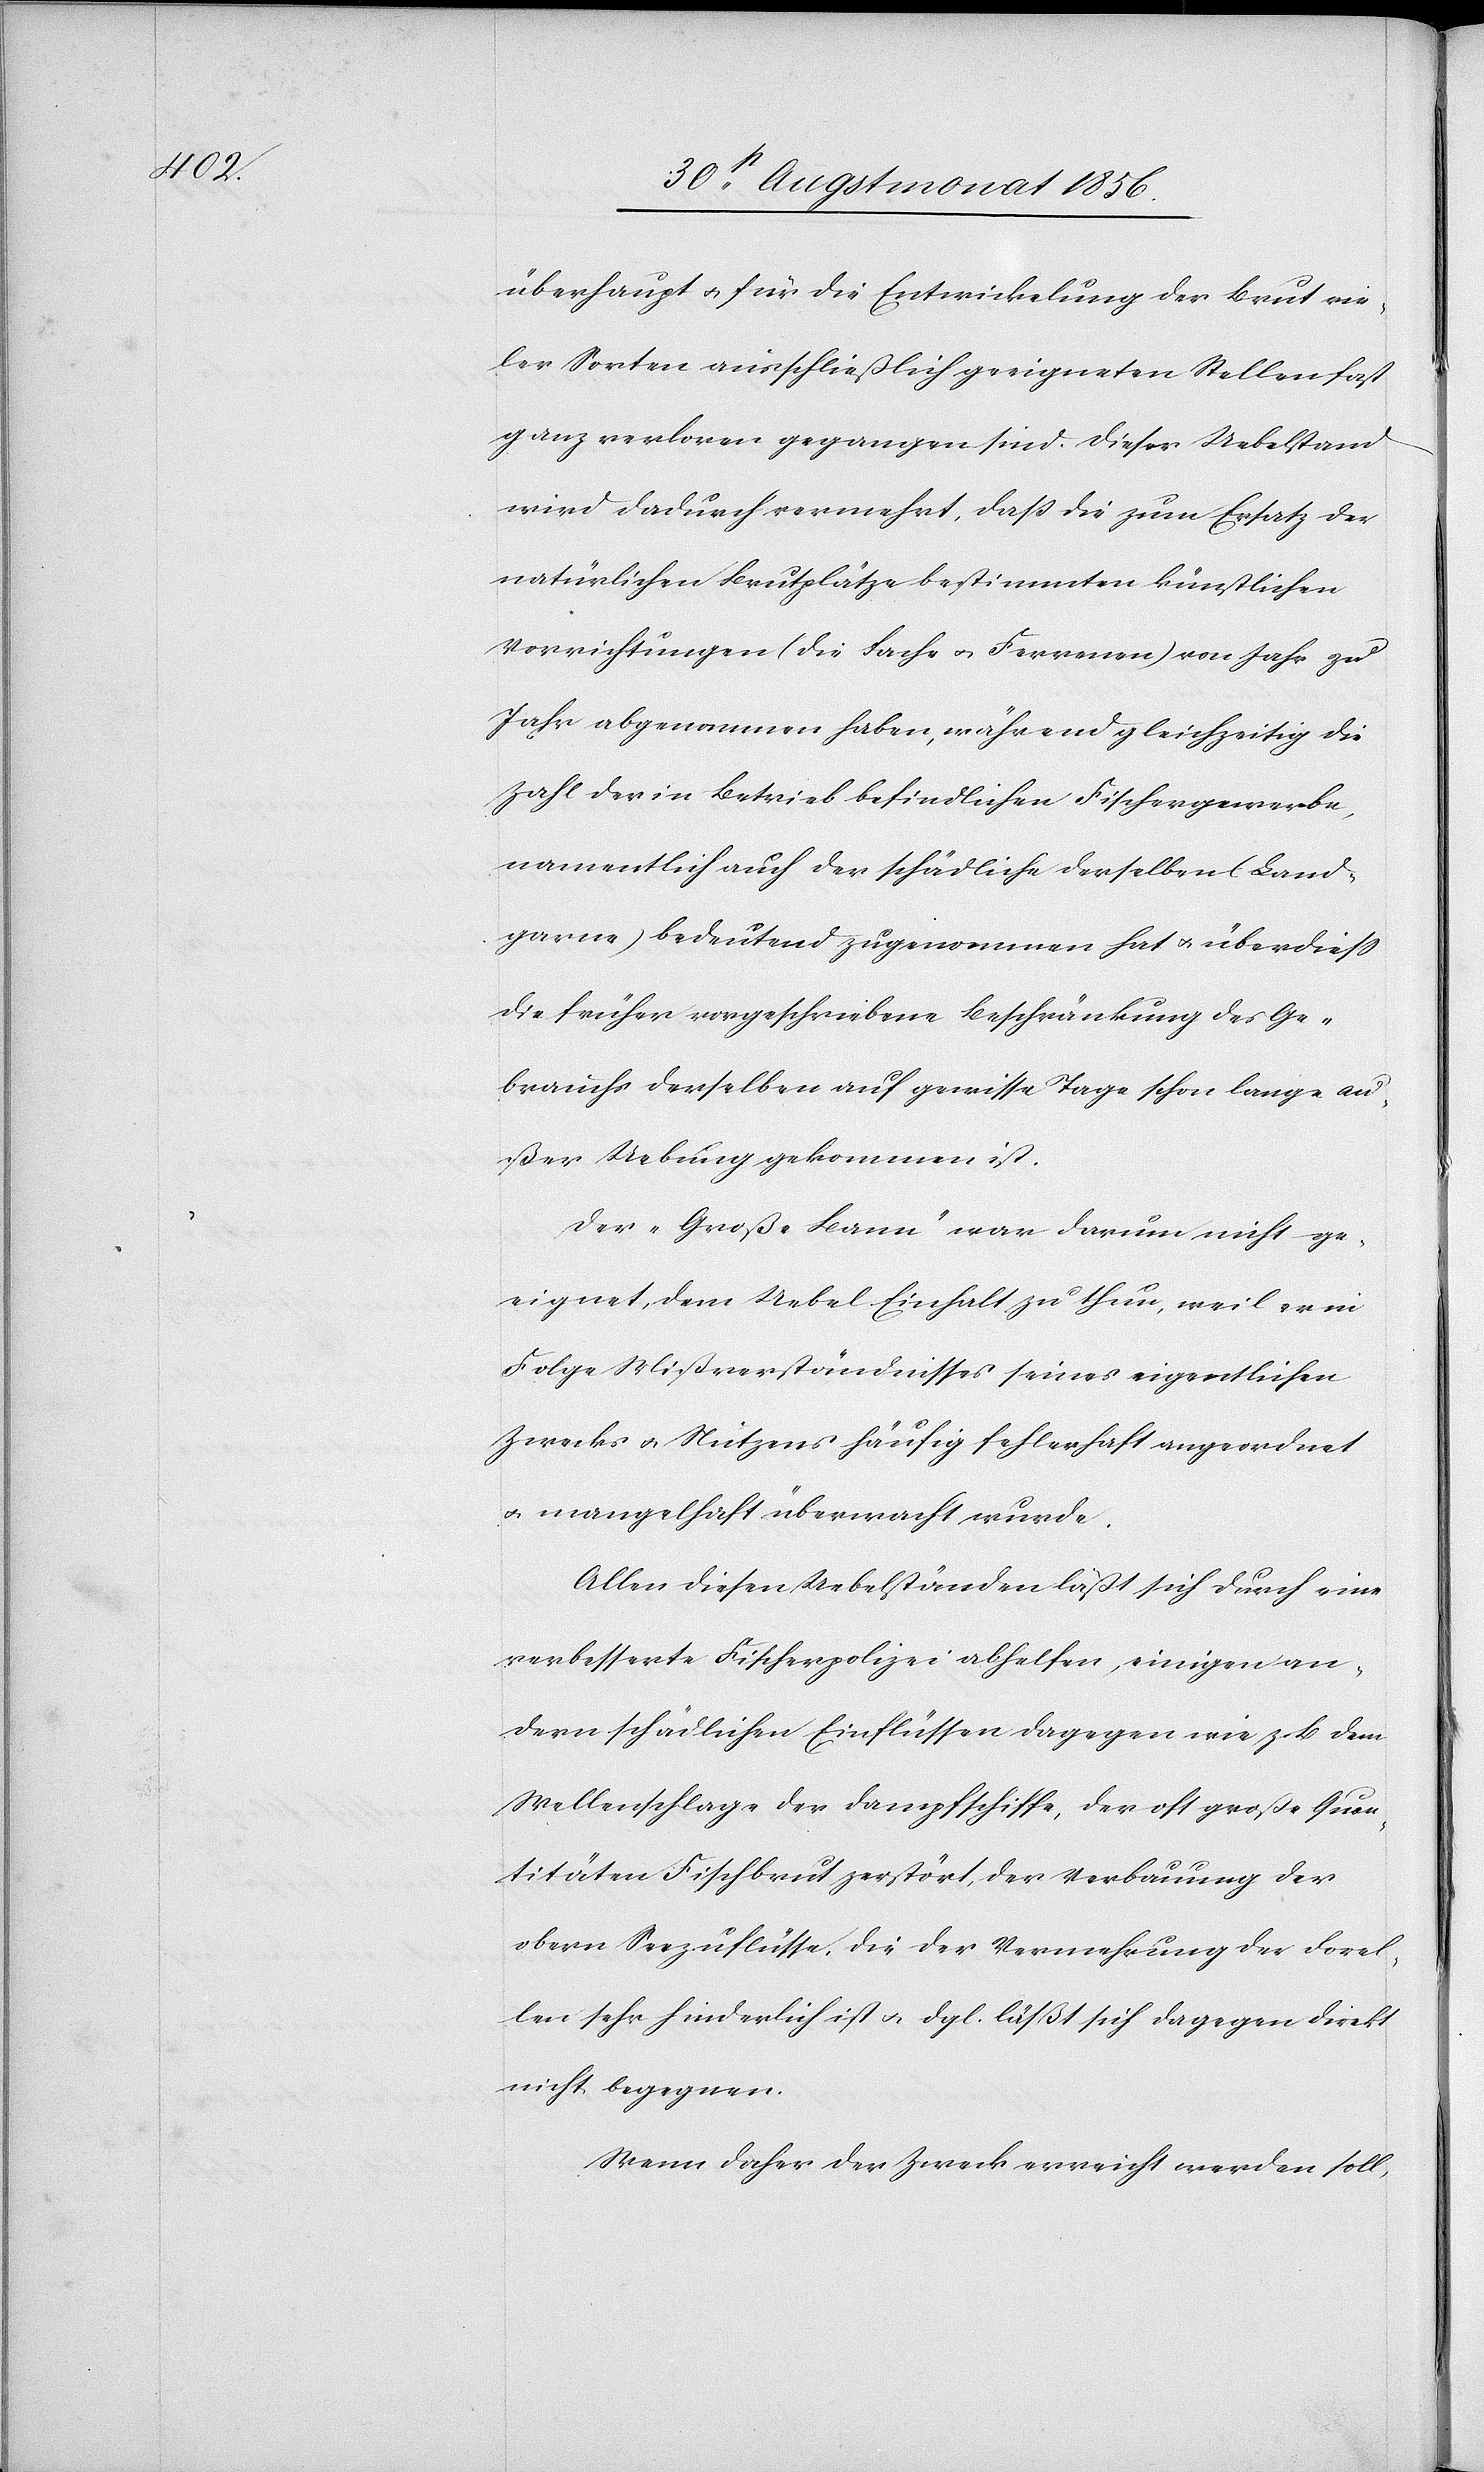
überhaupt u. für die Entwickelung der Brut vie¬
ler Sorten ausschließlich geeigneten Stellen fast
ganz verloren gegangen sind. Dieser Uebelstand
wird dadurch vermehrt, dass die zum Ersatz der
natürlichen Brutplätze bestimmten künstlichen
Vorrichtungen (die Fache u. Farrenen) von Jahr zu
Jahr abgenommen haben, während gleichzeitig die
Zahl der in Betrieb befindlichen Fischergewerbe,
namentlich auch der schädliche derselben (Land¬
garne) bedeutend zugenommen hat u. überdiess
die früher vorgeschriebene Beschränkung des Ge¬
brauchs derselben auf gewisse Tage schon lange au¬
ßer Uebung gekommen ist.
Der „Große Bann” war darum nicht ge¬
eignet, dem Uebel Einhalt zu thun, weil er in
Folge Mißverständnisses seines eigentlichen
Zwecks u. Nutzens häufig fehlerhaft angeordnet
u. mangelhaft überwacht wurde.
Allen diesen Uebelständen läßt sich durch eine
verbesserte Fischerpolizei abhelfen, einigen an¬
dern schädlichen Einflüssen dagegen wie z. B dem
Wellenschlage der Dampfschiffe, der oft große Quan¬
titäten Fischbrut zerstört, der Verbauung der
obern Seezuflüsse, die der Vermehrung der Forel¬
len sehr hinderlich ist u. dgl. läßt sich dagegen direkt
nicht begegnen.
Wenn daher der Zweck erreicht werden soll,